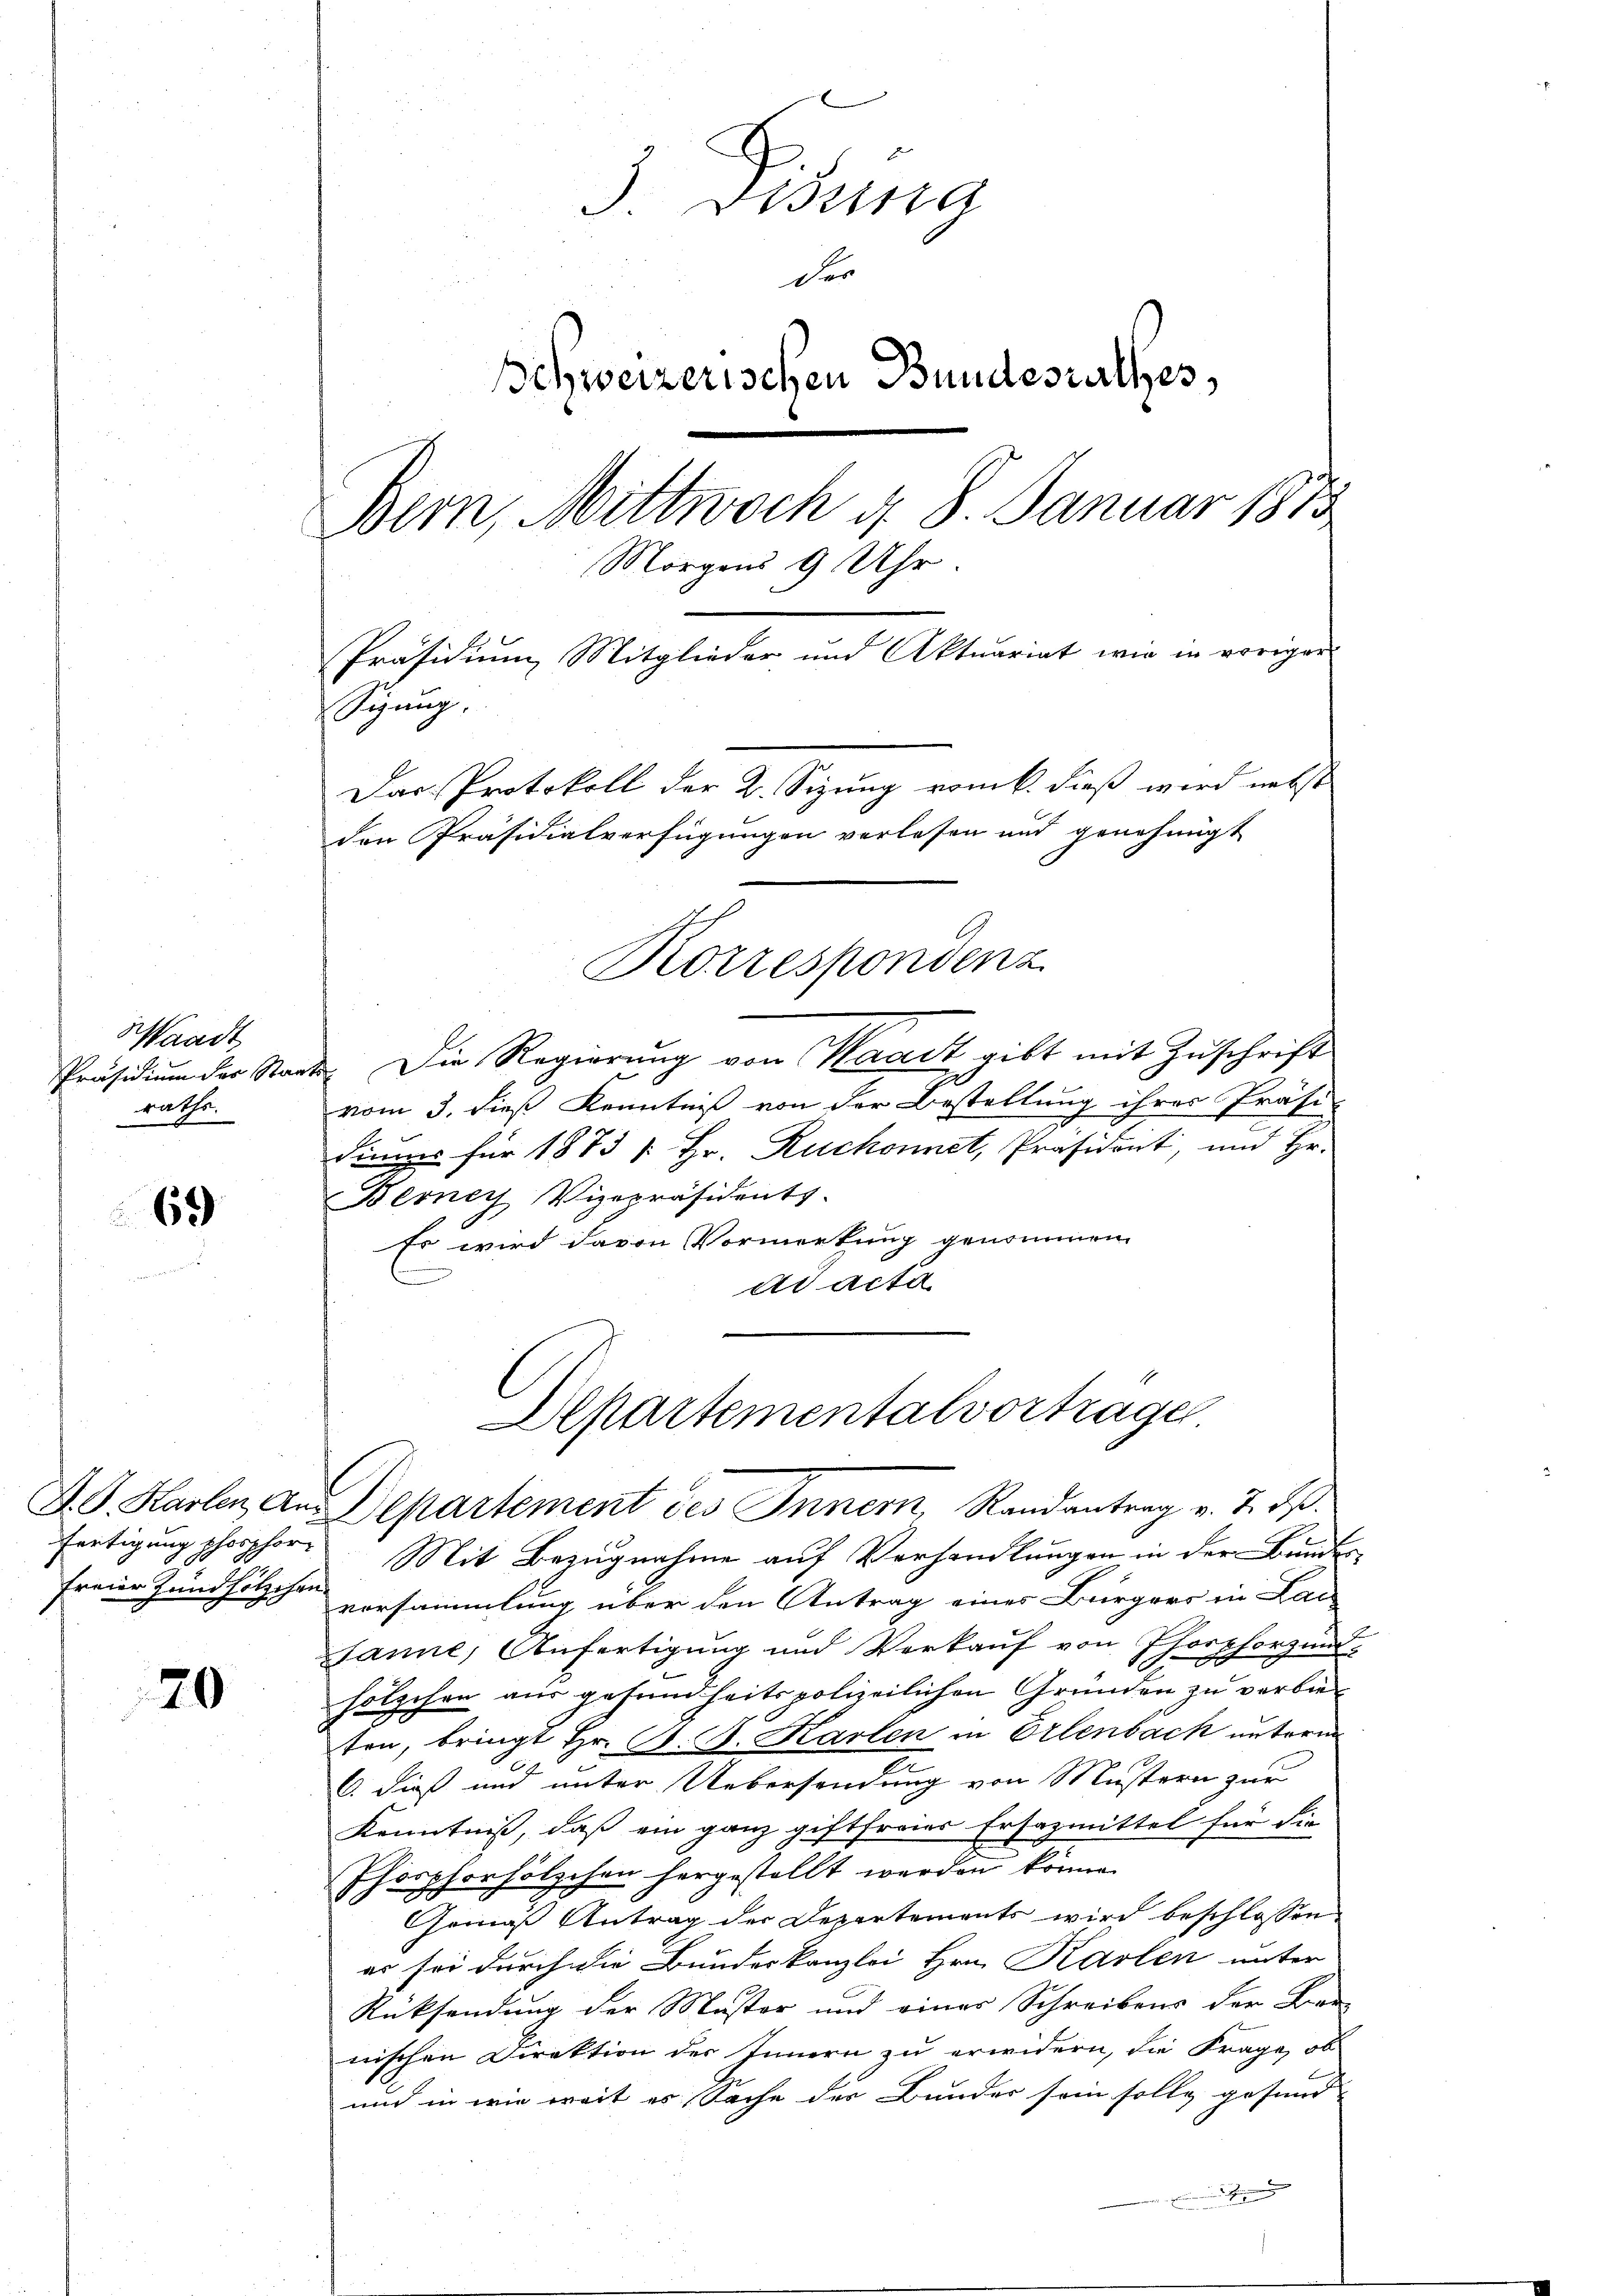
Waadt
Präsidium der Staarathe.

69

20

3. Disena
der
Schweizerischen Bundesrathes,
Bern, Mittwoch d. 8. Januar 1873
Morgens 9 Uhr.
Präsidium Mitglieder und Aktuariat wie in voriger
Sigung,
Das Protokoll der 2. Sizung vom k. dieß wird nebst
den Präsidialverfügungen verlesen und genehmigt

2. Die Regierung von Waadt gibt mit Zuschrift
vom 3. dieß Kenntniß von der Bestellung ihres Präsi-
diums für 1873 s. Hr. Ruchonnet, Präsident, und Hr.
Berner Vizepräsidents.
Es wird davon Vormerkung genommen.
ad acta
Departementalvortrage
A.G. Harten an Departement des Inner, Randantrag v. 7. ds.
fertigung phosphor Mit Bezugnahme auf Verhandlungen in der Bundes-
freier Jundholzes versammlung über den Antrag eines Bürgers in Lai
sanne, Anfertigung und Verkauf von Phorphorzund-
hölzchen aus gesundheits polizeilichen Gründen zu verbiesen, bringt Hr. B. G. Karlen in Erlenbach unterm
.
C. dieß und unter Uebersendung von Mustern zur
Kenntniß, daß ein ganz giftfreier Ersazmittel für die
Phorphorhölzchen hergestellt werden könne.
Gemäß Antrag der Departements wird beschlossen
es sei durch die Bundeskanzlei Hrn. Karten unter
Rücksendung der Muster und einer Schreibens der Ber
nischen Direktion des Innern zu erwidern, die Frage, ob
und in wie weit es Sache der Bunder sein solle gesund-

Korrespondenz